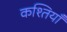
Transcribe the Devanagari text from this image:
कश्तियाँ